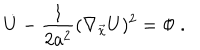
\dot { U } - { \frac { 1 } { 2 a ^ { 2 } } } ( \nabla _ { \vec { x } } U ) ^ { 2 } = \Phi \ .